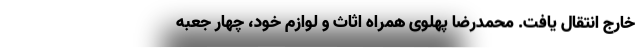
خارج انتقال یافت. محمدرضا پهلوی همراه اثاث و لوازم خود، چهار جعبه